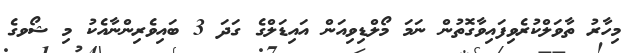
މިހާރު ތާވަލްކުރެވިފައިވާގޮތުން ނަމަ މޯލްޑިވިއަން އައިޑަލްގެ ގަދަ 3 ބައިވެރިންނާއެކު މި ޝޯވގެ